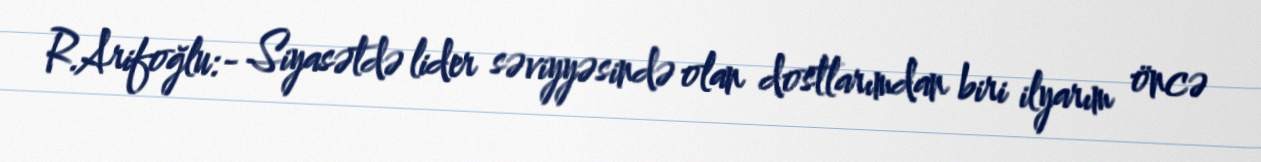
R.Arifoğlu:- Siyasətdə lider səviyyəsində olan dostlarımdan biri ilyarım öncə